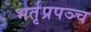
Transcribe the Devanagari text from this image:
भर्तृप्रपञ्च